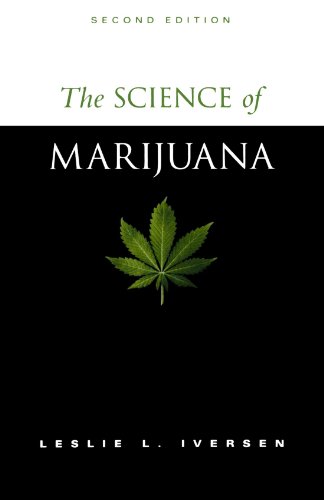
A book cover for The Science of Marijuana; Leslie L. Iversen; Health, Fitness & Dieting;